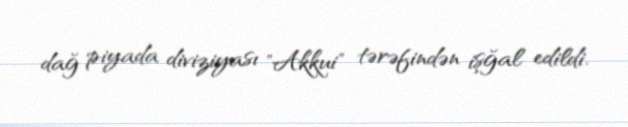
dağ piyada diviziyası "Akkui" tərəfindən işğal edildi.